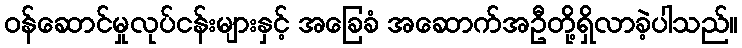
ဝန်ဆောင်မှုလုပ်ငန်းများနှင့် အခြေခံ အဆောက်အဦတို့ရှိလာခဲ့ပါသည်။